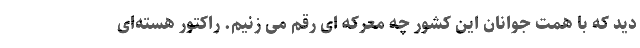
دید که با همت جوانان این کشور چه معرکه ای رقم می زنیم. راکتور هسته‌ای